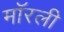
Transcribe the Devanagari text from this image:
मॉरली